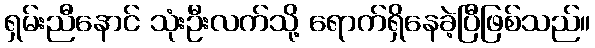
ရှမ်းညီနောင် သုံးဦးလက်သို့ ရောက်ရှိနေခဲ့ပြီဖြစ်သည်။